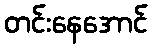
တင်းနေအောင်